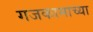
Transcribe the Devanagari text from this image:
गजकामाच्या